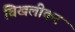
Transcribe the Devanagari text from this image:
चिखलीकर